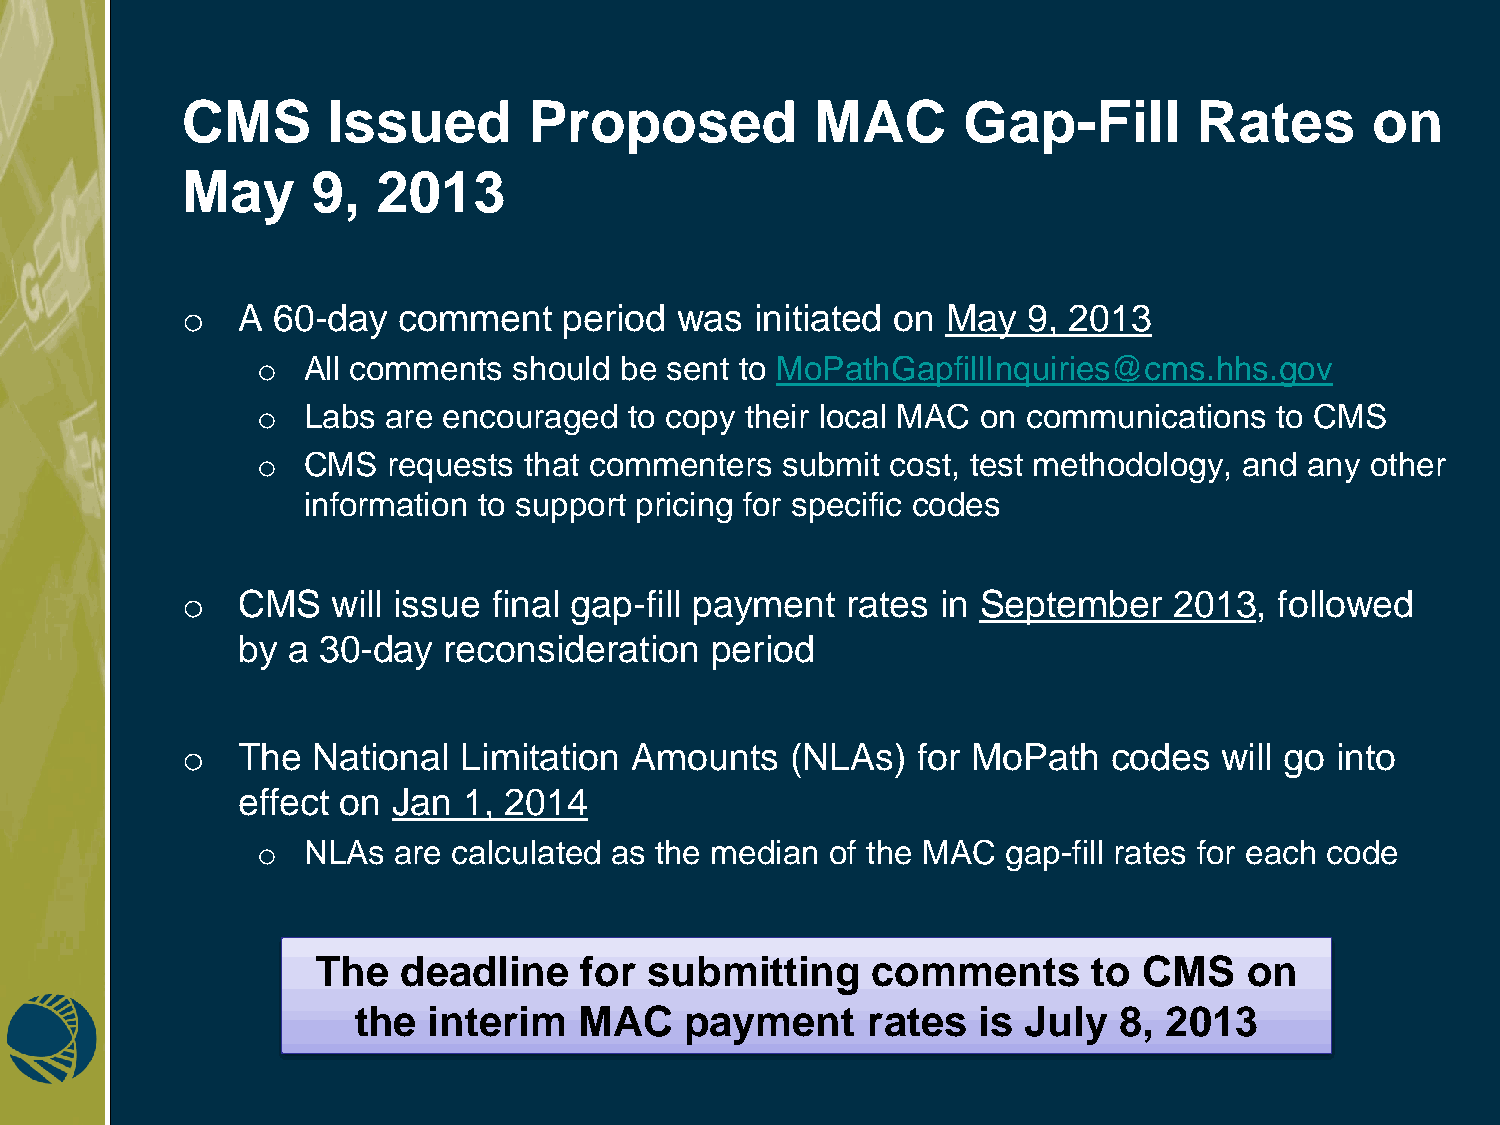
CMS       Issued       Proposed           MAC       Gap-Fill       Rates       on
 May      9,  2013
 o   A 60-day  comment    period  was  initiated on May  9, 2013
 o  All comments  should be sent to MoPathGapfillInquiries@cms.hhs.gov
 o  Labs are encouraged   to copy their local MAC on communications to CMS
 o  CMS   requests that commenters  submit cost, test methodology, and any other
 information to support pricing for specific codes
 o   CMS   will issue final gap-fill payment rates in September    2013,  followed
 by a 30-day  reconsideration   period
 o   The  National Limitation  Amounts   (NLAs)   for MoPath   codes  will go into
 effect on Jan  1, 2014
 o  NLAs  are calculated as the median of the MAC  gap-fill rates for each code
 The   deadline   for  submitting     comments      to  CMS    on
 the  interim   MAC    payment     rates   is July  8, 2013